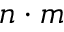
n \cdot m